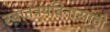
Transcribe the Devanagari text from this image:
स्वातंत्र्यदिनासाठी